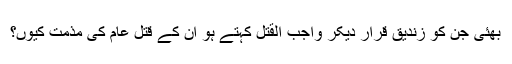
بھئی جن کو زندیق قرار دیکر واجب القتل کہتے ہو ان کے قتل عام کی مذمت کیوں؟